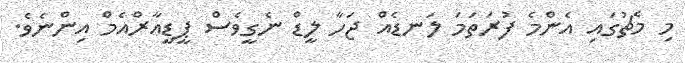
މި މެޗުގައި އެންމެ ފުރަތަމަ ލަނޑެއް ޖަހާ ލީޑް ނެގީވެސް ޕީޑީއާރްއެމް އިންނެވެ.